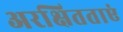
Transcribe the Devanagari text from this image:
अरक्षितताएं